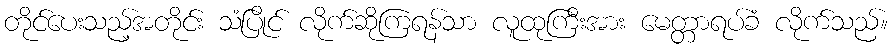
တိုင်ပေးသည့်အတိုင်း သံပြိုင် လိုက်ဆိုကြရန်သာ လူထုကြီးအား မေတ္တာရပ်ခံ လိုက်သည်။